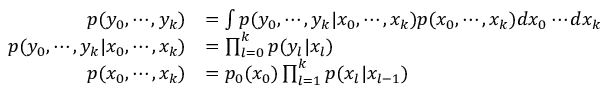
{ \begin{array} { r l } { p ( y _ { 0 } , \cdots , y _ { k } ) } & { = \int p ( y _ { 0 } , \cdots , y _ { k } | x _ { 0 } , \cdots , x _ { k } ) p ( x _ { 0 } , \cdots , x _ { k } ) d x _ { 0 } \cdots d x _ { k } } \\ { p ( y _ { 0 } , \cdots , y _ { k } | x _ { 0 } , \cdots , x _ { k } ) } & { = \prod _ { l = 0 } ^ { k } p ( y _ { l } | x _ { l } ) } \\ { p ( x _ { 0 } , \cdots , x _ { k } ) } & { = p _ { 0 } ( x _ { 0 } ) \prod _ { l = 1 } ^ { k } p ( x _ { l } | x _ { l - 1 } ) } \end{array} }